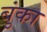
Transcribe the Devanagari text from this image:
बुंका